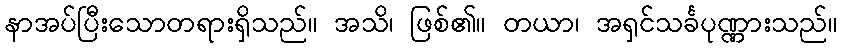
နာအပ်ပြီးသောတရားရှိသည်။ အသိ၊ ဖြစ်၏။ တယာ၊ အရှင်သင်္ခပုဏ္ဏားသည်။